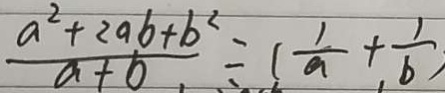
\frac { a ^ { 2 } + 2 a b + b ^ { 2 } } { a + b } = ( \frac { 1 } { a } + . \frac { 1 } { b } )